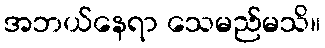
အဘယ်နေရာ သေမည်မသိ။